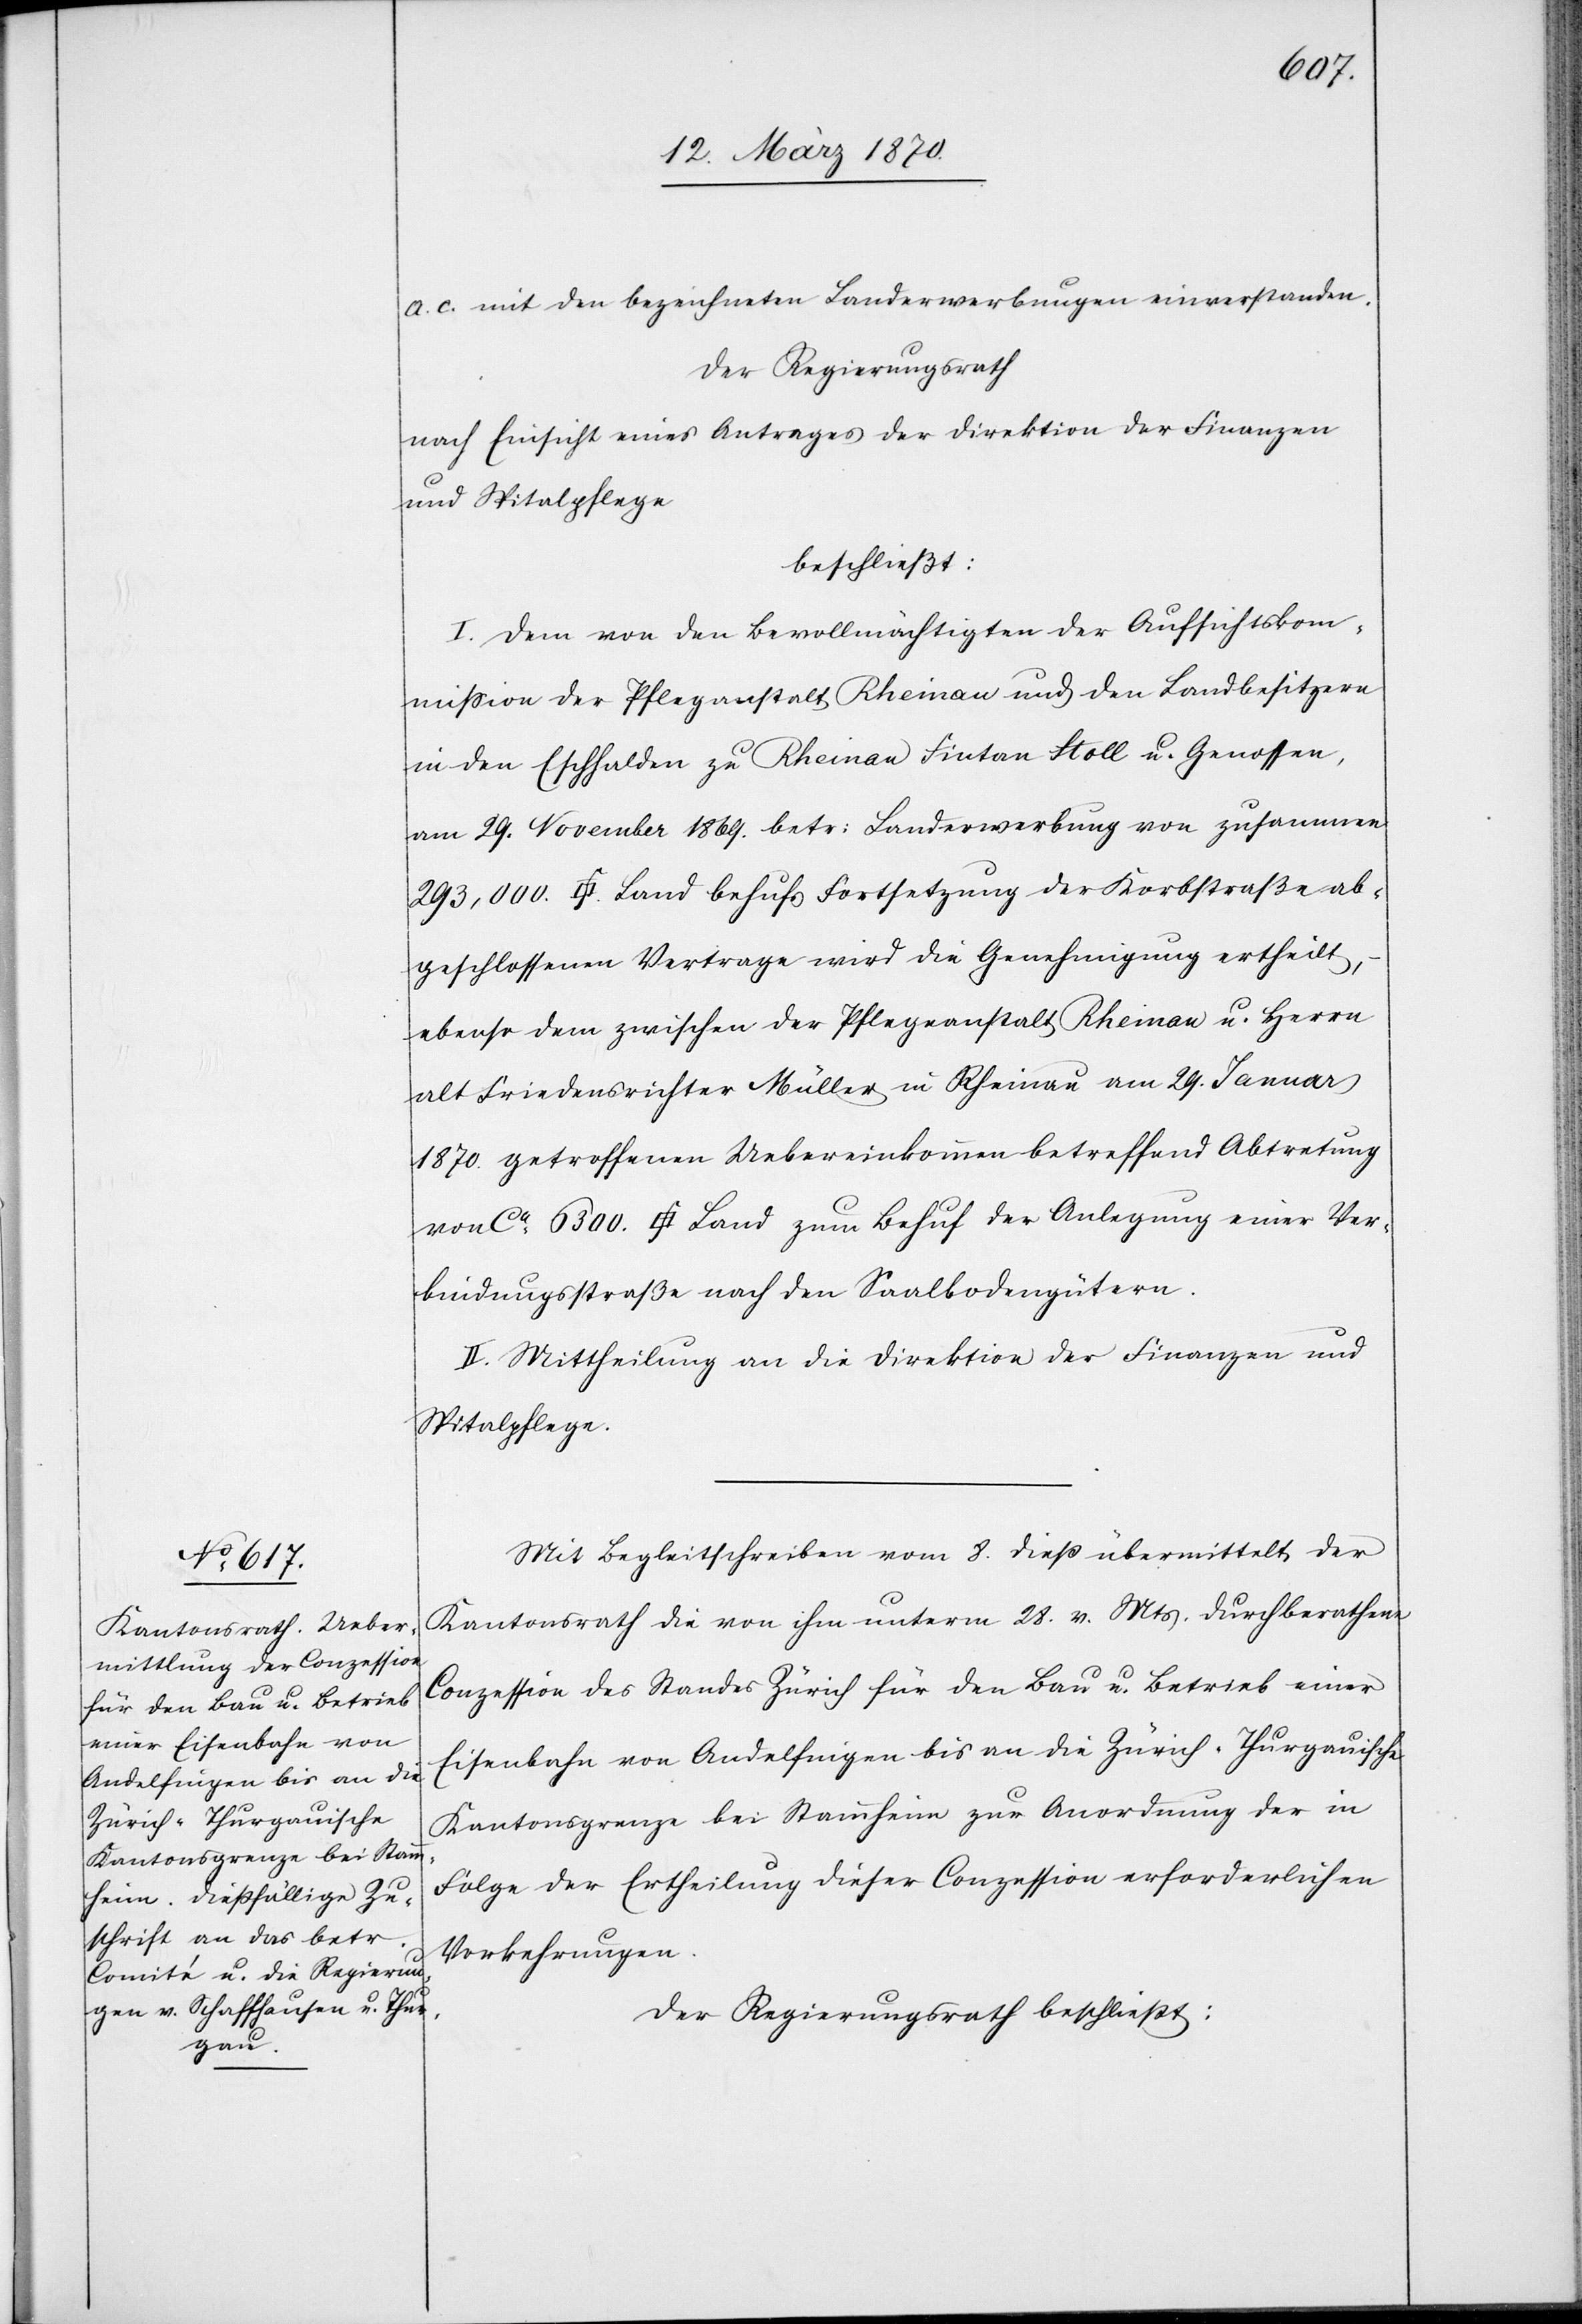
6300.
a. c. mit den bezeichneten Landerwerbungen einverstanden.
Der Regierungsrath
nach Einsicht eines Antrages der Direktion der Finanzen
Ver¬
und Spitalpflege
beschließt:
I. Dem von den Bevollmächtigten der Aufsichtskom¬
mission der Pfleganstalt Rheinau und den Landbesitzer¬
n in Eschhalden zu Rheinau Fintan Stoll u. Genossen,
am 29. November 1869. betr: Landerwerbung von zusammen
abgeschlossenen Vertrage wird die Genehmigung ertheilt,
ebenso dem zwischen der Pflegeanstalt Rheinau u. Herrn
alt Friedensrichter Müller in Rheinau am 29. Januar
1870 getroffenen Uebereinkommen betreffend Abtretung
bindungsstraße nach den Saalbodengütern.
II. Mittheilung an die Direktion der Finanzen und
Spitalpflege.
Mit Begleitschreiben vom 8. dieß übermittelt der
Kantonsrath die von ihm unterm 28. v. Mts. durchberathene
Conzession des Standes Zürich für den Bau u. Betrieb einer
Eisenbahn von Andelfingen bis an die Zürich-Thurgauische
Kantonsgrenze bei Stammheim zur Anordnung der in
Folge der Ertheilung dieser Conzession erforderlichen
Vorkehrungen.
Der Regierungsrath beschließt: